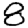
Digit: 8